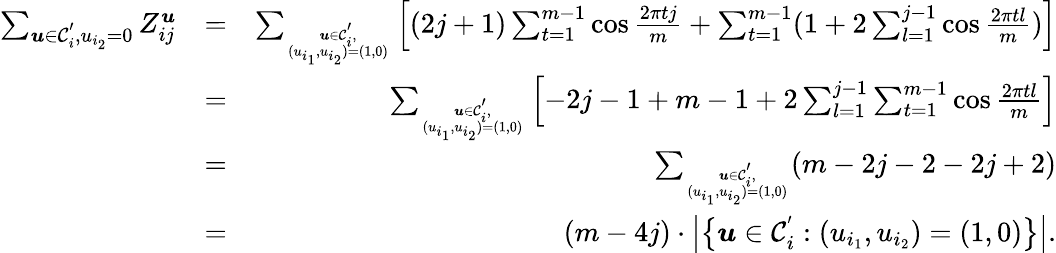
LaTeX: \begin{array}{rlr}{\sum_{\boldsymbol{u}\in\mathcal{C}_{i}^{'},u_{i_{2}}=0}Z_{ij}^{\boldsymbol{u}}}&{=}&{\sum_{\boldsymbol{u}\in\mathcal{C}_{i}^{'},\atop(u_{i_{1}},u_{i_{2}})=(1,0)}\left[(2j+1)\sum_{t=1}^{m-1}\cos\frac{2\pi tj}{m}+\sum_{t=1}^{m-1}(1+2\sum_{l=1}^{j-1}\cos\frac{2\pi tl}{m})\right]}\\ &{=}&{\sum_{\boldsymbol{u}\in\mathcal{C}_{i}^{'},\atop(u_{i_{1}},u_{i_{2}})=(1,0)}\left[-2j-1+m-1+2\sum_{l=1}^{j-1}\sum_{t=1}^{m-1}\cos\frac{2\pi tl}{m}\right]}\\ &{=}&{\sum_{\boldsymbol{u}\in\mathcal{C}_{i}^{'},\atop(u_{i_{1}},u_{i_{2}})=(1,0)}(m-2j-2-2j+2)}\\ &{=}&{(m-4j)\cdot\left|\left\{ \boldsymbol{u}\in\mathcal{C}_{i}^{'}:(u_{i_{1}},u_{i_{2}})=(1,0)\right\} \right|.}\end{array}